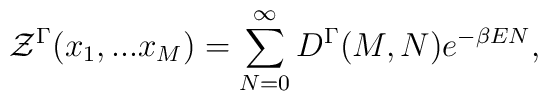
{\cal Z}^{\Gamma}(x_1,...x_M)=\sum_{N=0}^{\infty} D^{\Gamma}(M,N)e^{-\beta E N},